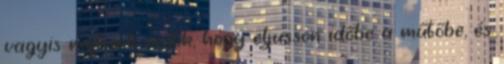
vagyis rajtunk múlik, hogy eljusson időbe a műtőbe, és